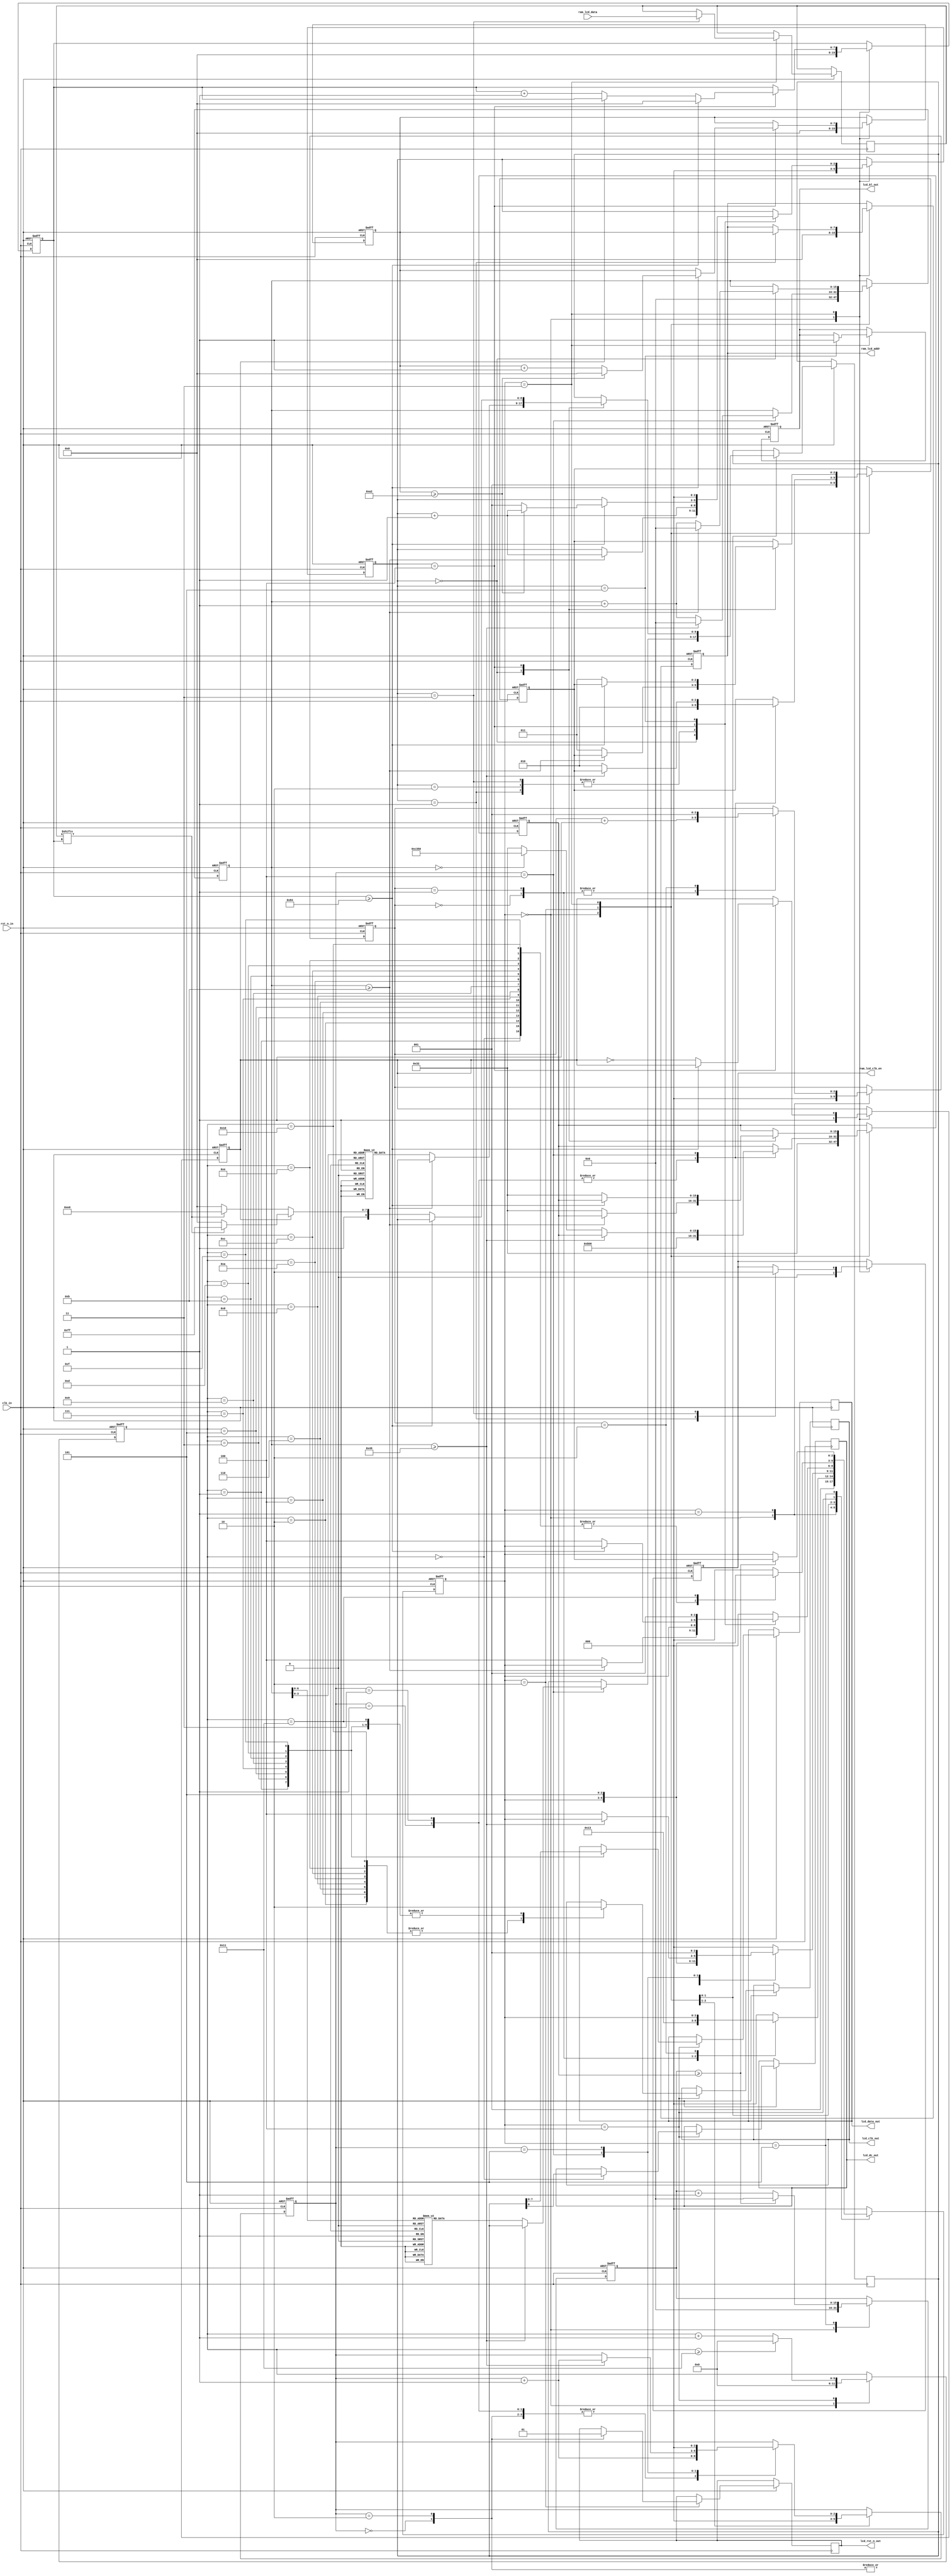
module LCD_RGB #
(
	parameter LCD_W = 8'd132,			//La dimension du LCD
	parameter LCD_H = 8'd162			
)
(
	input				clk_in,			//12MHz Fréquence d'horloge
	input				rst_n_in,		//Initialisation
	
	output	reg			ram_lcd_clk_en,	//Activer le RAM avec le signal d'horloge
	output	reg	[7:0]	ram_lcd_addr,	//Signal de l'addresse du RAM
	input		[131:0]	ram_lcd_data,	//Signal des données du RAM
	
	output	reg			lcd_rst_n_out,	//Initialisation du LCD
	output	reg			lcd_bl_out,		//Contrôle de l'affichage du LCD
	output	reg			lcd_dc_out,		//Contrôle de données du LCD
	output	reg			lcd_clk_out,	//Signal de l'horloge du LCD
	output	reg			lcd_data_out	//Signal des données de sortie du LCD
);
	
	localparam			INIT_DEPTH = 16'd73; //LCD: Nombre de commandes et de données pour configurer le LCD, on a 73 commandes et données à transmettre
	
	localparam			RED		=	16'hf800;	//Rouge
	localparam			GREEN	=	16'h07e0;	//Vert
	localparam			BLUE	=	16'h001f;	//Bleu
	localparam			BLACK	=	16'h0000;	//Noir
	localparam			WHITE	=	16'hffff;	//Blanc
	localparam			YELLOW	=	16'hffe0;	//Jeune
	
	localparam			IDLE	=	3'd0;
	localparam			MAIN	=	3'd1;
	localparam			INIT	=	3'd2;
	localparam			SCAN	=	3'd3;
	localparam			WRITE	=	3'd4;
	localparam			DELAY	=	3'd5;
	
	localparam			LOW		=	1'b0;
	localparam			HIGH	=	1'b1;
	
	wire		[15:0]	color_t	=	YELLOW;		//Le couleur du haut: jeune
	wire		[15:0]	color_b	=	BLACK;		//La couleur du fond: noire
	
	reg			[7:0]	x_cnt;
	reg			[7:0]	y_cnt;
	reg			[131:0]	ram_data_r;
	
	reg			[8:0]	data_reg;				
	reg			[8:0]	reg_setxy	[10:0];
	reg			[8:0]	reg_init	[72:0];
	reg			[2:0]	cnt_main;
	reg			[2:0]	cnt_init;
	reg			[2:0]	cnt_scan;
	reg			[5:0]	cnt_write;
	reg			[15:0]	cnt_delay;
	reg			[15:0]	num_delay;
	reg			[15:0]	cnt;
	reg					high_word;
	reg			[2:0] 	state = IDLE;
	reg			[2:0] 	state_back = IDLE;
	always@(posedge clk_in or negedge rst_n_in) begin
		if(!rst_n_in) begin
			x_cnt <= 8'd0;
			y_cnt <= 8'd0;
			ram_lcd_clk_en <= 1'b0;
			ram_lcd_addr <= 8'd0;
			cnt_main <= 3'd0;
			cnt_init <= 3'd0;
			cnt_scan <= 3'd0;
			cnt_write <= 6'd0;
			cnt_delay <= 16'd0;
			num_delay <= 16'd50;
			cnt <= 16'd0;
			high_word <= 1'b1; // Pour indiguer le niveau du couleur, on a 2 niveaux du couleur à afficher
			lcd_bl_out <= LOW;
			state <= IDLE;
			state_back <= IDLE;
		end else begin
			case(state)
				IDLE:begin
						x_cnt <= 8'd0;
						y_cnt <= 8'd0;// on utilise y_cnt pour positionner les données de chaque ligne dans le RAM
						ram_lcd_clk_en <= 1'b0;
						ram_lcd_addr <= 8'd0;
						cnt_main <= 3'd0;
						cnt_init <= 3'd0;
						cnt_scan <= 3'd0;
						cnt_write <= 6'd0;
						cnt_delay <= 16'd0;
						num_delay <= 16'd50;
						cnt <= 16'd0;
						high_word <= 1'b1;
						state <= MAIN;
						state_back <= MAIN;
					end
				MAIN:begin
						case(cnt_main)	//MAIN état
							3'd0:	begin state <= INIT; cnt_main <= cnt_main + 1'b1; end
							3'd1:	begin state <= SCAN; cnt_main <= cnt_main + 1'b1; end
							3'd2:	begin cnt_main <= 1'b1; end // Actualisez l'écran de manière cyclique
							default: state <= IDLE;
						endcase
					end
				INIT:begin	//Initialisation
						case(cnt_init)
							3'd0:	begin lcd_rst_n_out <= 1'b0; cnt_init <= cnt_init + 1'b1; end	//Initialisation
							3'd1:	begin num_delay <= 16'd3000; state <= DELAY; state_back <= INIT; cnt_init <= cnt_init + 1'b1; end	//Temp d'attente
							3'd2:	begin lcd_rst_n_out <= 1'b1; cnt_init <= cnt_init + 1'b1; end	//Récupération
							3'd3:	begin num_delay <= 16'd3000; state <= DELAY; state_back <= INIT; cnt_init <= cnt_init + 1'b1; end	//Temp d'attente
							3'd4:	begin 
										if(cnt>=INIT_DEPTH) begin	//Après la transmission des 73 commandes et données, on finit la configuration
											cnt <= 16'd0;
											cnt_init <= cnt_init + 1'b1;
										end else begin
											data_reg <= reg_init[cnt];	
											if(cnt==16'd0) num_delay <= 16'd50000; //La première commande nécessite un long délai
											else num_delay <= 16'd50;
											cnt <= cnt + 16'd1;
											state <= WRITE;
											state_back <= INIT;
										end
									end
							3'd5:	begin cnt_init <= 1'b0; state <= MAIN; end	//Après l'initialisation, on retourne à l'état MAIN.
							default: state <= IDLE;
						endcase
					end
				SCAN:begin	//On affiche l'image par le scan d'écran LCD
						case(cnt_scan)
							3'd0:	begin //Déterminez les coordonnées de la zone de l'écran, voici le plein écran
										if(cnt >= 11) begin	//
											cnt <= 16'd0;
											cnt_scan <= cnt_scan + 1'b1;
										end else begin
											data_reg <= reg_setxy[cnt];
											cnt <= cnt + 16'd1;
											num_delay <= 16'd50;
											state <= WRITE;
											state_back <= SCAN;
										end
									end
							3'd1:	begin ram_lcd_clk_en <= HIGH; ram_lcd_addr <= y_cnt; cnt_scan <= cnt_scan + 1'b1; end	//Activer le RAM
							3'd2:	begin cnt_scan <= cnt_scan + 1'b1; end	//Délai pour une période d'horloge
							3'd3:	begin ram_lcd_clk_en <= LOW; ram_data_r <= ram_lcd_data; cnt_scan <= cnt_scan + 1'b1; end	//Récupérer les données du RAM, on désactive le RAM
							3'd4:	begin //Chaque pixel nécessite 16 bits de données, SPI transmet 8 bits à chaque fois, et transmet deux fois 8 bits hauts et 8 bits bas
										if(x_cnt>=LCD_W) begin	//Lorsqu'une donnée (une ligne d'écran) est écrite
											x_cnt <= 8'd0;	
											if(y_cnt>=LCD_H) begin y_cnt <= 8'd0; cnt_scan <= cnt_scan + 1'b1; end	//Si c'est la dernière ligne, sautez hors de la boucle
											else begin y_cnt <= y_cnt + 1'b1; cnt_scan <= 3'd1; end		//Sinon, passez à l'activation du RAM et actualisez l'écran de manière cyclique
										end else begin
											if(high_word) data_reg <= {1'b1,(ram_data_r[x_cnt]? color_t[15:8]:color_b[15:8])};	
											/*
											Selon l'état du bit correspondant, determine que la couleur du haut ou la couleur du fond sera affichée, 
											et selon l'état de high_word, détermine que les 8 bits supérieurs ou les 8 bits inférieurs seront écrits.
											*/
											else begin data_reg <= {1'b1,(ram_data_r[x_cnt]? color_t[7:0]:color_b[7:0])}; x_cnt <= x_cnt + 1'b1; end	// Passe au prochain bit
											high_word <= ~high_word;	//Changer le niveau de couleur
											num_delay <= 16'd50;	//Définir le temp d'attente
											state <= WRITE;	//Revenir à l'état WRITE
											state_back <= SCAN;	//Retour à l'état SCAN après avoir effectué les opérations WRITE et DELAY
										end
									end
							3'd5:	begin cnt_scan <= 1'b0; lcd_bl_out <= HIGH; state <= MAIN; end
							default: state <= IDLE;
						endcase
					end
				WRITE:begin	//L'état WRITE. Envoyer des données à l'écran en fonction du SPI
						if(cnt_write >= 6'd17) cnt_write <= 1'b0;
						else cnt_write <= cnt_write + 1'b1;
						case(cnt_write)
							6'd0:	begin lcd_dc_out <= data_reg[8]; end	//Le bit le plus élevé des données 9 bits est le bit de contrôle des données de commande
							6'd1:	begin lcd_clk_out <= LOW; lcd_data_out <= data_reg[7]; end	//D'abord envoyer les données en high case
							6'd2:	begin lcd_clk_out <= HIGH; end
							6'd3:	begin lcd_clk_out <= LOW; lcd_data_out <= data_reg[6]; end
							6'd4:	begin lcd_clk_out <= HIGH; end
							6'd5:	begin lcd_clk_out <= LOW; lcd_data_out <= data_reg[5]; end
							6'd6:	begin lcd_clk_out <= HIGH; end
							6'd7:	begin lcd_clk_out <= LOW; lcd_data_out <= data_reg[4]; end
							6'd8:	begin lcd_clk_out <= HIGH; end
							6'd9:	begin lcd_clk_out <= LOW; lcd_data_out <= data_reg[3]; end
							6'd10:	begin lcd_clk_out <= HIGH; end
							6'd11:	begin lcd_clk_out <= LOW; lcd_data_out <= data_reg[2]; end
							6'd12:	begin lcd_clk_out <= HIGH; end
							6'd13:	begin lcd_clk_out <= LOW; lcd_data_out <= data_reg[1]; end
							6'd14:	begin lcd_clk_out <= HIGH; end
							6'd15:	begin lcd_clk_out <= LOW; lcd_data_out <= data_reg[0]; end	//Envoyer les données en low case après
							6'd16:	begin lcd_clk_out <= HIGH; end
							6'd17:	begin lcd_clk_out <= LOW; state <= DELAY; end	
							default: state <= IDLE;
						endcase
					end
				DELAY:begin	//Délai
						if(cnt_delay >= num_delay) begin
							cnt_delay <= 16'd0;
							state <= state_back; 
						end else cnt_delay <= cnt_delay + 1'b1;
					end
				default:state <= IDLE;
			endcase
		end
	end
	
	initial	//Commandes et données pour définir la zone d'affichage
		begin
			reg_setxy[0]	=	{1'b0,8'h2a};
			reg_setxy[1]	=	{1'b1,8'h00};
			reg_setxy[2]	=	{1'b1,8'h00};
			reg_setxy[3]	=	{1'b1,8'h00};
			reg_setxy[4]	=	{1'b1,LCD_W-1};
			reg_setxy[5]	=	{1'b0,8'h2b};
			reg_setxy[6]	=	{1'b1,8'h00};
			reg_setxy[7]	=	{1'b1,8'h00};
			reg_setxy[8]	=	{1'b1,8'h00};
			reg_setxy[9]	=	{1'b1,LCD_H-1};
			reg_setxy[10]	=	{1'b0,8'h2c};
		end
	
	initial	//Commandes et données d'initialisation LCD
		begin
			reg_init[0]		=	{1'b0,8'h11}; 
			reg_init[1]		=	{1'b0,8'hb1}; 
			reg_init[2]		=	{1'b1,8'h05}; 
			reg_init[3]		=	{1'b1,8'h3c}; 
			reg_init[4]		=	{1'b1,8'h3c}; 
			reg_init[5]		=	{1'b0,8'hb2}; 
			reg_init[6]		=	{1'b1,8'h05}; 
			reg_init[7]		=	{1'b1,8'h3c}; 
			reg_init[8]		=	{1'b1,8'h3c}; 
			reg_init[9]		=	{1'b0,8'hb3}; 
			reg_init[10]	=	{1'b1,8'h05}; 
			reg_init[11]	=	{1'b1,8'h3c}; 
			reg_init[12]	=	{1'b1,8'h3c}; 
			reg_init[13]	=	{1'b1,8'h05}; 
			reg_init[14]	=	{1'b1,8'h3c}; 
			reg_init[15]	=	{1'b1,8'h3c}; 
			reg_init[16]	=	{1'b0,8'hb4}; 
			reg_init[17]	=	{1'b1,8'h03}; 
			reg_init[18]	=	{1'b0,8'hc0}; 
			reg_init[19]	=	{1'b1,8'h28}; 
			reg_init[20]	=	{1'b1,8'h08}; 
			reg_init[21]	=	{1'b1,8'h04}; 
			reg_init[22]	=	{1'b0,8'hc1}; 
			reg_init[23]	=	{1'b1,8'hc0}; 
			reg_init[24]	=	{1'b0,8'hc2}; 
			reg_init[25]	=	{1'b1,8'h0d}; 
			reg_init[26]	=	{1'b1,8'h00}; 
			reg_init[27]	=	{1'b0,8'hc3}; 
			reg_init[28]	=	{1'b1,8'h8d}; 
			reg_init[29]	=	{1'b1,8'h2a}; 
			reg_init[30]	=	{1'b0,8'hc4}; 
			reg_init[31]	=	{1'b1,8'h8d}; 
			reg_init[32]	=	{1'b1,8'hee}; 
			reg_init[32]	=	{1'b0,8'hc5}; 
			reg_init[33]	=	{1'b1,8'h1a}; 
			reg_init[34]	=	{1'b0,8'h36}; 
			reg_init[35]	=	{1'b1,8'hc0}; 
			reg_init[36]	=	{1'b0,8'he0}; 
			reg_init[37]	=	{1'b1,8'h04}; 
			reg_init[38]	=	{1'b1,8'h22}; 
			reg_init[39]	=	{1'b1,8'h07}; 
			reg_init[40]	=	{1'b1,8'h0a}; 
			reg_init[41]	=	{1'b1,8'h2e}; 
			reg_init[42]	=	{1'b1,8'h30}; 
			reg_init[43]	=	{1'b1,8'h25}; 
			reg_init[44]	=	{1'b1,8'h2a}; 
			reg_init[45]	=	{1'b1,8'h28}; 
			reg_init[46]	=	{1'b1,8'h26}; 
			reg_init[47]	=	{1'b1,8'h2e}; 
			reg_init[48]	=	{1'b1,8'h3a}; 
			reg_init[49]	=	{1'b1,8'h00}; 
			reg_init[50]	=	{1'b1,8'h01}; 
			reg_init[51]	=	{1'b1,8'h03}; 
			reg_init[52]	=	{1'b1,8'h13}; 
			reg_init[53]	=	{1'b0,8'he1}; 
			reg_init[54]	=	{1'b1,8'h04}; 
			reg_init[55]	=	{1'b1,8'h16}; 
			reg_init[56]	=	{1'b1,8'h06}; 
			reg_init[57]	=	{1'b1,8'h0d}; 
			reg_init[58]	=	{1'b1,8'h2d}; 
			reg_init[59]	=	{1'b1,8'h26}; 
			reg_init[60]	=	{1'b1,8'h23}; 
			reg_init[61]	=	{1'b1,8'h27}; 
			reg_init[62]	=	{1'b1,8'h27}; 
			reg_init[63]	=	{1'b1,8'h25}; 
			reg_init[64]	=	{1'b1,8'h2d}; 
			reg_init[65]	=	{1'b1,8'h3b}; 
			reg_init[66]	=	{1'b1,8'h00}; 
			reg_init[67]	=	{1'b1,8'h01}; 
			reg_init[68]	=	{1'b1,8'h04}; 
			reg_init[69]	=	{1'b1,8'h13}; 
			reg_init[70]	=	{1'b0,8'h3a}; 
			reg_init[71]	=	{1'b1,8'h05}; 
			reg_init[72]	=	{1'b0,8'h29}; 
			
		end
	
endmodule